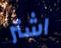
اشتر